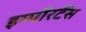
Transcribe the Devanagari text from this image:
इम्पौरटैंस